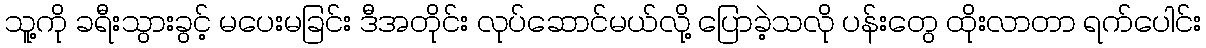
သူ့ကို ခရီးသွားခွင့် မပေးမခြင်း ဒီအတိုင်း လုပ်ဆောင်မယ်လို့ ပြောခဲ့သလို ပန်းတွေ ထိုးလာတာ ရက်ပေါင်း